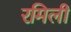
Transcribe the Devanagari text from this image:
रमिली